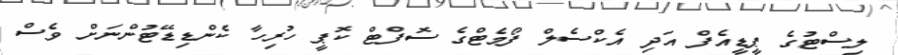
ލިސްޓުގެ ޕީޑީއެފް އަދި އެކްސެލް ފޯމެޓްގެ ސޮފްޓް ކޮޕީ ހުރިހާ ކެންޑިޑޭޓުންނަށް ވެސް